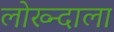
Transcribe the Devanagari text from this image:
लोख्न्दाला